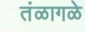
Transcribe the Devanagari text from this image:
तंळागळे